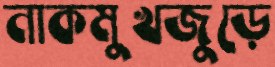
নাকমুখজুড়ে